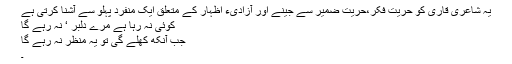
یہ شاعری قاری کو حریت فکر،حریت ضمیر سے جینے اور آزادیء اظہار کے متعلق ایک منفرد پہلو سے آشنا کرتی ہے
کوئی نہ رہا ہے مرے دلبر ‘ نہ رہے گا
جب آنکھ کھلے گی تو یہ منظر نہ رہے گا
۔